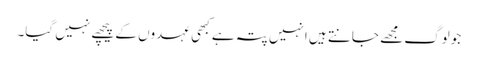
جولوگ مجھے جانتے ہیں انہیں پتہ ہے کبھی عہدوں کے پیچھے نہیں گیا۔